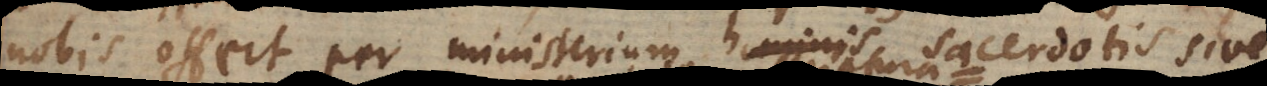
nobis offert per ministerium hominis sacerdotis sive